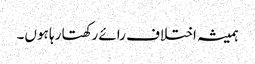
ہمیشہ اختلاف رائے رکھتا رہا ہوں۔